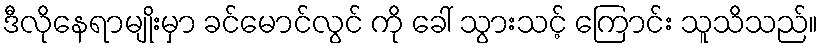
ဒီလိုနေရာမျိုးမှာ ခင်မောင်လွင် ကို ခေါ် သွားသင့် ကြောင်း သူသိသည်။